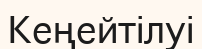
Кеңейтілуі